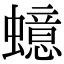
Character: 䗷